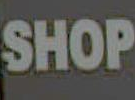
SHOP